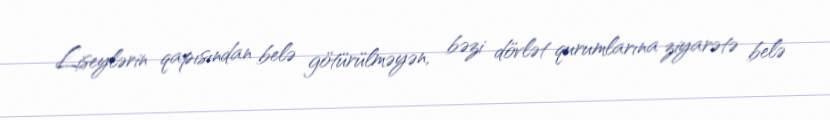
Liseylərin qapısından belə götürülməyən, bəzi dövlət qurumlarına ziyarətə belə